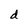
Character: d